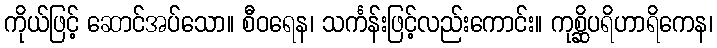
ကိုယ်ဖြင့် ဆောင်အပ်သော။ စီဝရေန၊ သင်္ကန်းဖြင့်လည်းကောင်း။ ကုစ္ဆိပရိဟာရိကေန၊